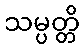
သမ္ပတ္တိ